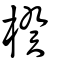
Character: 楑